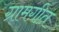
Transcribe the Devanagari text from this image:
ग्रामगीत